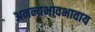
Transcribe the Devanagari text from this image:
अनन्यभावभावाय